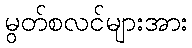
မွတ်စလင်များအား